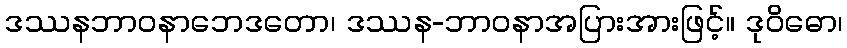
ဒဿနဘာဝနာဘေဒတော၊ ဒဿန-ဘာဝနာအပြားအားဖြင့်။ ဒုဝိဓော၊